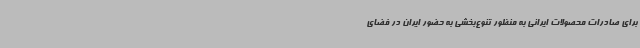
برای صادرات محصولات ایرانی به منظور تنوع‌بخشی به حضور ایران در فضای